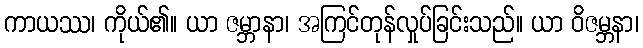
ကာယဿ၊ ကိုယ်၏။ ယာ ဇမ္ဘာနာ၊ အကြင်တုန်လှုပ်ခြင်းသည်။ ယာ ဝိဇမ္ဘနာ၊